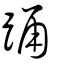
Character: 踊